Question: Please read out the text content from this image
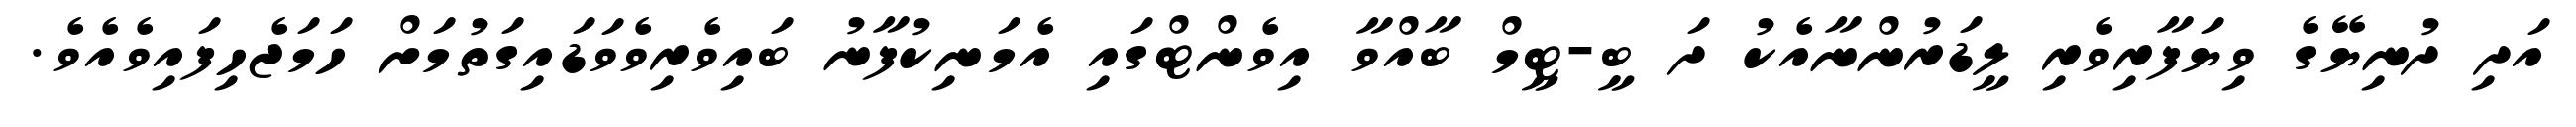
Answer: އަދި ދުނިޔޭގެ ވިޔަފާރިވެރި ލީޑަރުންނާއެކު ދަ ބީ-ޓީމް ބާއްވާ އިވެންޓްގައި އެމަނިކުފާނު ބައިވެރިވެވަޑައިގަތުމަށް ހަމަޖެހިފައިވެއެވެ.